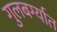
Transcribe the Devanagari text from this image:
गुलबर्ग्यात